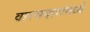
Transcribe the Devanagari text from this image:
वारसदारांमध्ये